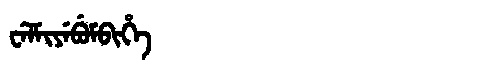
Manchu: ᠸᡝᠯᠮᡳᠶᡝᠪᡠᠮᠪᡳᡥᡝ
Romanization: WELMIYEBUMBIHE